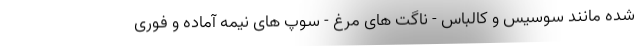
شده مانند سوسیس و کالباس - ناگت های مرغ - سوپ های نیمه آماده و فوری